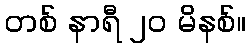
တစ် နာရီ ၂၀ မိနစ်။